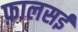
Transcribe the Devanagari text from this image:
फ़ालसई